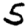
Digit: 5